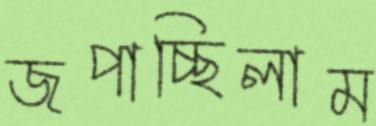
জপাচ্ছিলাম